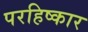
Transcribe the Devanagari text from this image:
परहिष्कार